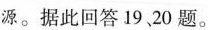
源。据此回答19、20题。